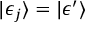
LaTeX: | \epsilon _ { j } \rangle = | \epsilon ^ { \prime } \rangle